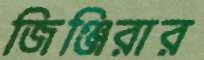
জিঞ্জিরার